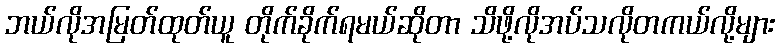
ဘယ်လိုအမြတ်ထုတ်ယူ တိုက်ခိုက်ရမယ်ဆိုတာ သိဖို့လိုအပ်သလိုတကယ်လို့များ